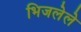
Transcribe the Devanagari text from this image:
भिजलेले